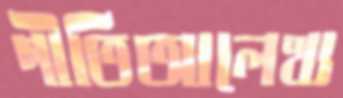
গীতিআলেখ্য